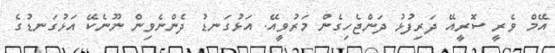
އޭމް ވެރީ ސޮރީއޭ ދަރިފުޅު ދަންޖެހިގެން މަރުވީއޭ. އަޅުގަނޑު ދެންނެވިން ނޫނެކޭ އަޅުގަނޑުގެ